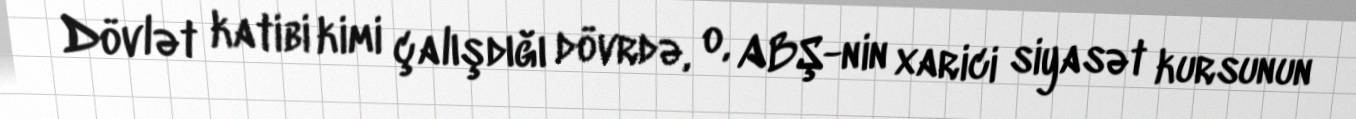
Dövlət katibi kimi çalışdığı dövrdə, o, ABŞ-nin xarici siyasət kursunun